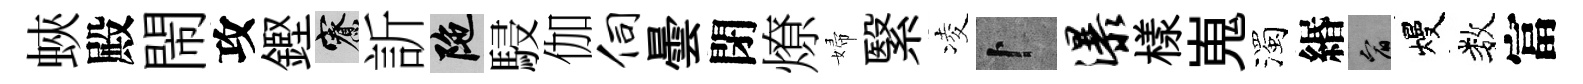
蛺殿閙攻鏗寮訢陀駸伽伺曇閉燎婦繄凌卜瀑樣嵬濁緡宥熳数富